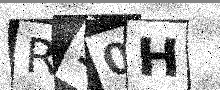
Text: R90H